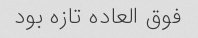
فوق العاده تازه بود